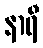
နာရီ